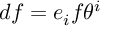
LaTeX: d f = e _ { i } f \theta ^ { i }